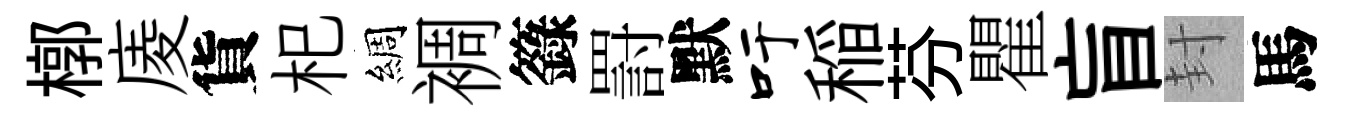
槨庱貨𣏌綢裯籙罸默吁稲芬瞿盲封馬